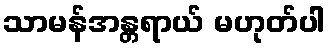
သာမန်အန္တရာယ် မဟုတ်ပါ